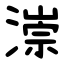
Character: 漴